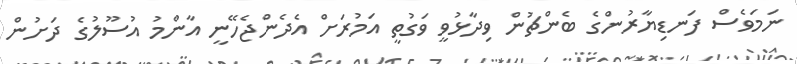
ނަމަވެސް ފަނޑިޔާރުންގެ ބެންޗުން ވިދާޅުވީ ވަގުތީ އަމުރަށް އެދެންޖެހޭނީ އާންމު އުސޫލުގެ ދަށުން